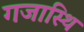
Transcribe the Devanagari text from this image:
गजास्थि